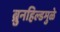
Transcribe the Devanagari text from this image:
ब्रुनहिल्डमुळे